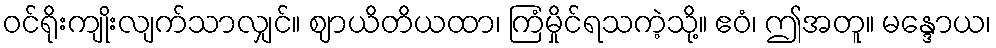
ဝင်ရိုးကျိုးလျက်သာလျှင်။ ဈာယိတိယထာ၊ ကြံမှိုင်ရသကဲ့သို့။ ဧဝံ၊ ဤအတူ။ မန္ဒောယ၊